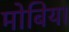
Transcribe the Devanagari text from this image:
मोबिया